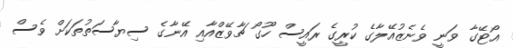
އޯޓޭގާ ވަނީ ވެނެޒުއޭލާގެ ކުރީގެ ރައީސް ހޫގޯ ޗާވޭޒްއާއި އޭނާގެ ސިޔާސަތުތަކަށް ވެސް